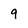
Character: 9